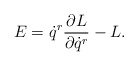
\begin{align*}E = \dot q^r \frac{\partial L}{\partial \dot q^r} - L . \end{align*}